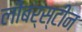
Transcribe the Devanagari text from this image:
लीबर्स्टीन